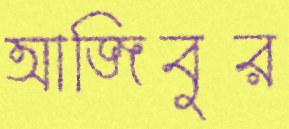
আজিবুর